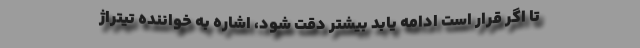
تا اگر قرار است ادامه یابد بیشتر دقت شود، اشاره به خواننده تیتراژ